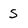
Character: S